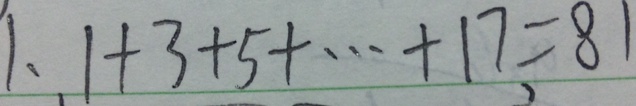
1 . 1 + 3 + 5 + \cdots + 1 7 = 8 1